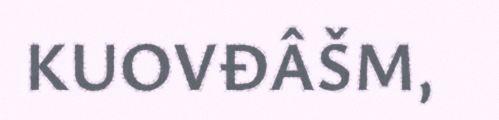
KUOVĐÂŠM,